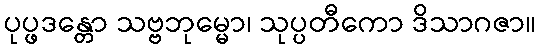
ပုပ္ဖဒန္တော သဗ္ဗဘုမ္မော၊ သုပ္ပတီကော ဒိသာဂဇာ။